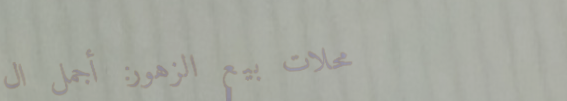
محلات بيع الزهور: أجمل ال